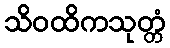
သိဝထိကသုတ္တံ